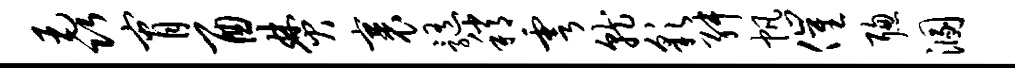
毳宵酉焚裹髓稍雩就彩舛帆催聪溷